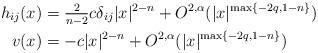
LaTeX: \begin{align*}h_{ij} (x)&= \tfrac{2}{n-2} c \delta_{ij} |x|^{2-n} + O^{2,\alpha}(|x|^{\max\{-2q, 1-n \}})\\v(x) &= -c |x|^{2-n} + O^{2,\alpha}(|x|^{\max\{-2q, 1-n \}})\end{align*}